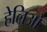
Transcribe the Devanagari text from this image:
हेलिओ